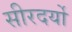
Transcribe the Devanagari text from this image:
सीरदर्यो